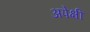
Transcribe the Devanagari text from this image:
अपेक्षी